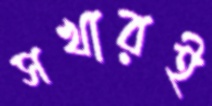
সখারই